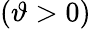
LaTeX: (\vartheta>0)